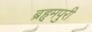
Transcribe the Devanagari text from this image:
ब्रहृमपुरी